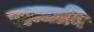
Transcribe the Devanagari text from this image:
सम्मानि